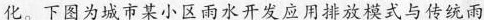
化。下图为城市某小区雨水开发应用排放模式与传统雨